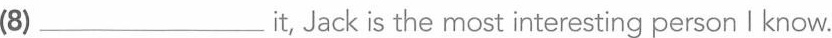
(8)___it,Jack is the most interesting person I know.